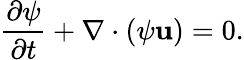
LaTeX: \frac{\partial\psi}{\partial t}+\nabla\cdot(\psi\mathbf{u})=0.